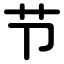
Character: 节